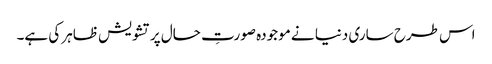
اس طرح ساری دنیا نے موجودہ صورتِ حال پر تشویش ظاہر کی ہے۔